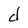
Character: d